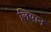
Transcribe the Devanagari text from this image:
लियान